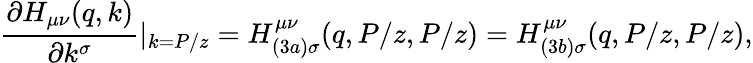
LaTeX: \frac{\partial H_{\mu\nu}(q,k)}{\partial k^{\sigma}}|_{k=P/z}=H_{(3a)\sigma}^{\mu\nu}(q,P/z,P/z)=H_{(3b)\sigma}^{\mu\nu}(q,P/z,P/z),